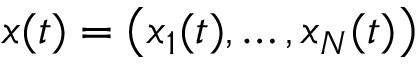
x ( t ) = \big ( x _ { 1 } ( t ) , \dots , x _ { N } ( t ) \big )